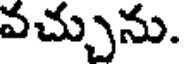
వచ్చును.